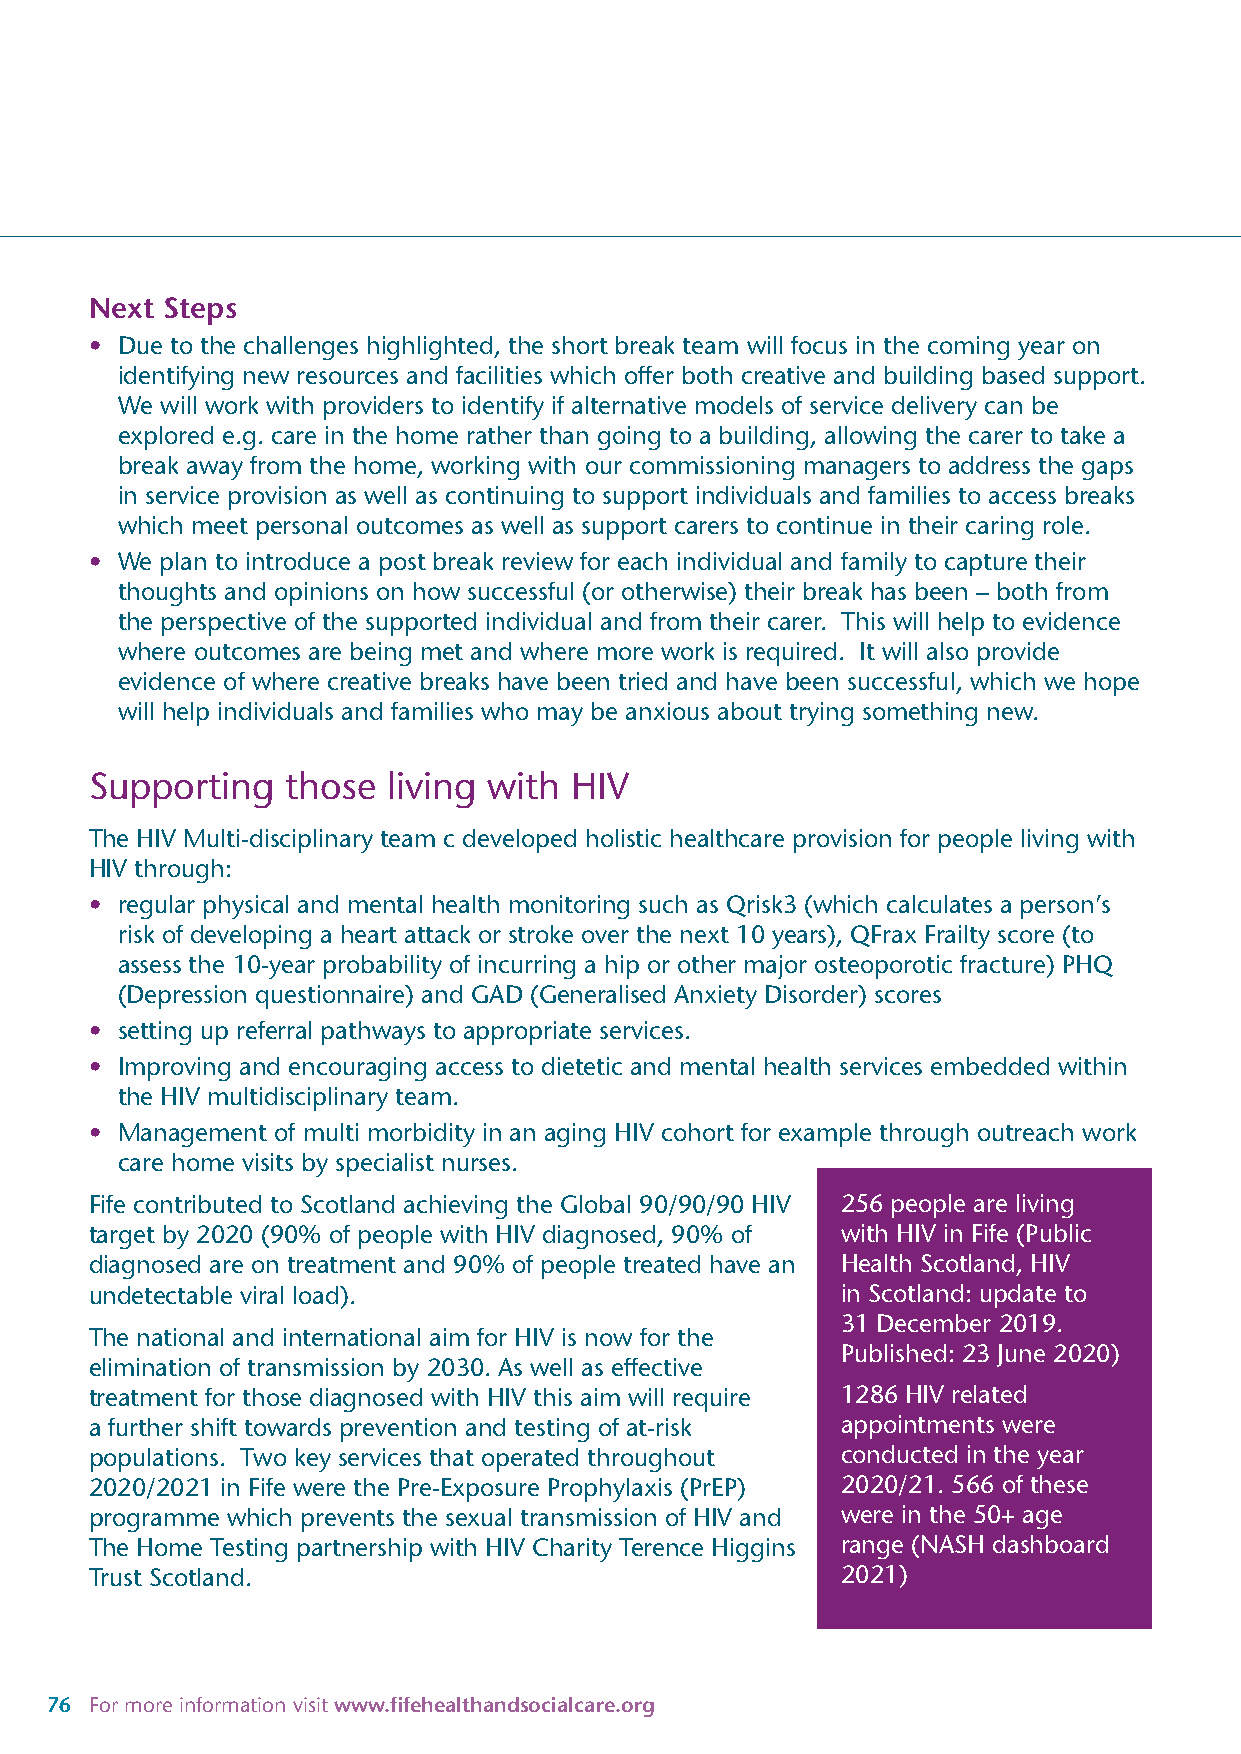
Next Steps
 • Due to the challenges highlighted, the short break team will focus in the coming year on
 identifying new resources and facilities which offer both creative and building based support.
 We will work with providers to identify if alternative models of service delivery can be
 explored e.g. care in the home rather than going to a building, allowing the carer to take a
 break away from the home, working with our commissioning managers to address the gaps
 in service provision as well as continuing to support individuals and families to access breaks
 which meet personal outcomes as well as support carers to continue in their caring role.
 • We plan to introduce a post break review for each individual and family to capture their
 thoughts and opinions on how successful (or otherwise) their break has been – both from
 the perspective of the supported individual and from their carer. This will help to evidence
 where outcomes are being met and where more work is required. It will also provide
 evidence of where creative breaks have been tried and have been successful, which we hope
 will help individuals and families who may be anxious about trying something new.
 Supporting   those  living with HIV
 The HIV Multi-disciplinary team c developed holistic healthcare provision for people living with
 HIV through:
 • regular physical and mental health monitoring such as Qrisk3 (which calculates a person’s
 risk of developing a heart attack or stroke over the next 10 years), QFrax Frailty score (to
 assess the 10-year probability of incurring a hip or other major osteoporotic fracture) PHQ
 (Depression questionnaire) and GAD (Generalised Anxiety Disorder) scores
 • setting up referral pathways to appropriate services.
 • Improving and encouraging access to dietetic and mental health services embedded within
 the HIV multidisciplinary team.
 • Management of multi morbidity in an aging HIV cohort for example through outreach work
 care home visits by specialist nurses.
 Fife contributed to Scotland achieving the Global 90/90/90 HIV 256 people are living
 target by 2020 (90% of people with HIV diagnosed, 90% of with HIV in Fife (Public
 diagnosed are on treatment and 90% of people treated have an Health Scotland, HIV
 undetectable viral load).                         in Scotland: update to
 31 December 2019.
 The national and international aim for HIV is now for the
 Published: 23 June 2020)
 elimination of transmission by 2030. As well as effective
 treatment for those diagnosed with HIV this aim will require 1286 HIV related
 a further shift towards prevention and testing of at-risk appointments were
 populations. Two key services that operated throughout conducted in the year
 2020/2021 in Fife were the Pre-Exposure Prophylaxis (PrEP) 2020/21. 566 of these
 programme which prevents the sexual transmission of HIV and were in the 50+ age
 The Home Testing partnership with HIV Charity Terence Higgins range (NASH dashboard
 Trust Scotland.                                   2021)
 76 For more information visit www.fifehealthandsocialcare.org